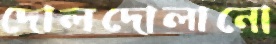
দোলদোলানো